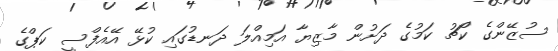
ސުޒޭންގެ ކޯޗު ކަމުގެ ދަށުން މާޒިޔާ އަމިއްލަ ދަނޑުގައި ކުޅޭ އޭއެފްސީ ކަޕްގެ